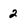
Character: 2